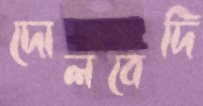
দোলবেদি